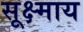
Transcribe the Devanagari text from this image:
सूक्ष्माय